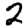
Digit: 2